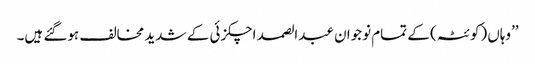
’’وہاں (کوئٹہ) کے تمام نوجوان عبدالصمد اچکزئی کے شدید مخالف ہوگئے ہیں۔